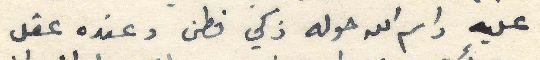
عليه واسم الله حوله ذكي فطن وعنده عقل